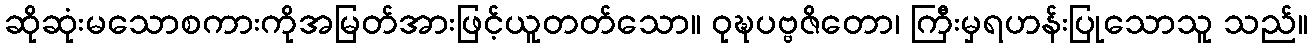
ဆိုဆုံးမသောစကားကိုအမြတ်အားဖြင့်ယူတတ်သော။ ဝုဍ္ဎပဗ္ဗဇိတော၊ ကြီးမှရဟန်းပြုသောသူ သည်။